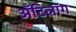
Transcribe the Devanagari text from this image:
अँटिलॉग